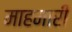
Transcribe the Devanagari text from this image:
माहमारी